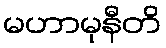
မဟာမုနီတိ